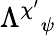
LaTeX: \Lambda^{\chi^{\prime}}{}_{\psi}